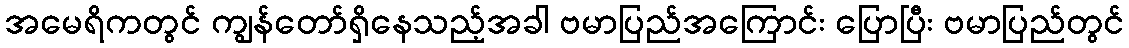
အမေရိကတွင် ကျွန်တော်ရှိနေသည့်အခါ ဗမာပြည်အကြောင်း ပြောပြီး ဗမာပြည်တွင်